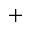
^ { + }